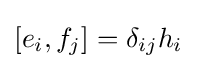
[e_{i},f_{j}]=\delta _{ij}h_{i}